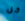
كل